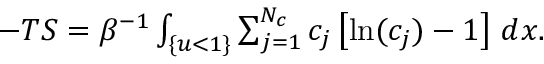
\begin{array} { r } { - T S = \beta ^ { - 1 } \int _ { \{ u < 1 \} } \sum _ { j = 1 } ^ { N _ { c } } c _ { j } \left[ \ln ( c _ { j } ) - 1 \right] \, d x . } \end{array}